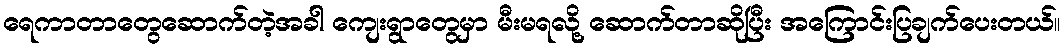
ရေကာတာတွေဆောက်တဲ့အခါ ကျေးရွာတွေမှာ မီးမရလို့ ဆောက်တာဆိုပြီး အကြောင်းပြချက်ပေးတယ်။